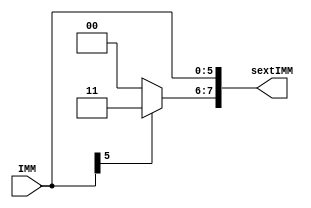
module signExt(IMM, sextIMM);

	input [5:0] IMM;
	output [7:0] sextIMM;
	
	assign sextIMM[5:0] = IMM;
	assign sextIMM[7:6] = IMM[5] ? 2'b11 : 2'b00;

endmodule